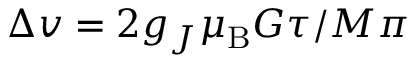
\Delta v = 2 g _ { J } \mu _ { \mathrm { B } } G \tau / M \pi